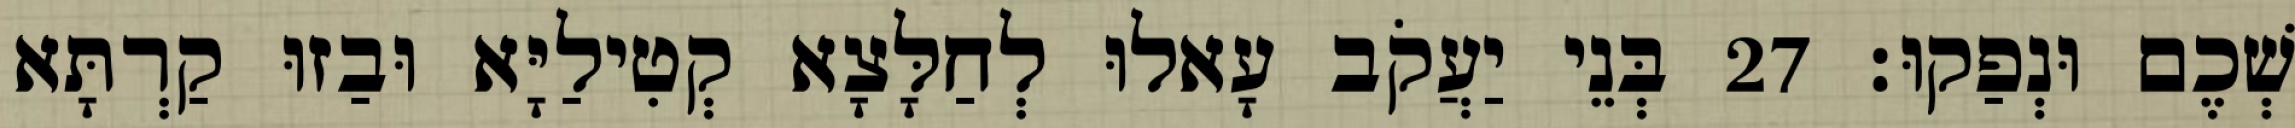
שְׁכֶם וּנְפַקוּ׃ 27 בְּנֵי יַעֲקֹב עָאלוּ לְחַלָּצָא קְטִילַיָּא וּבַזוּ קַרְתָּא